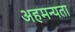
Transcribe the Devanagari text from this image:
अहमन्यता